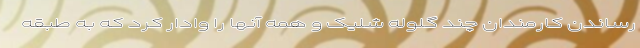
رساندن کارمندان چند گلوله شلیک و همه آنها را وادار کرد که به طبقه